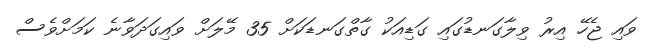
ވައި ޖެހޭ އިރު ވިލާގަނޑުގައި ގަޑިއަކު ގާތްގަނޑަކަށް 35 މޭލަށް ވައިގަދަވާނެ ކަމަށްވެސް